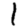
Digit: 1